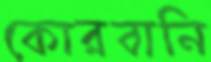
কোরবানি